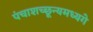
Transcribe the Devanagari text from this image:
पंचाशच्छून्यमध्यगे